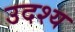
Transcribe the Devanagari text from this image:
उदश्य